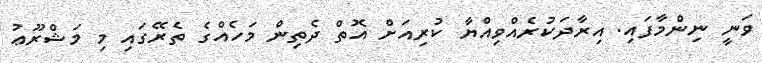
ވަނީ ނިންމާފައި. އިރާދަކުރެއްވިއްޔާ ކުރިއަށް އޮތް ދެތިން މަހެއްގެ ތެރޭގައި މި މަޝްރޫޢު